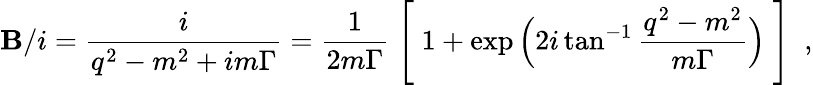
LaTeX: {\cal\mathbf{B}}/i=\frac{{i}}{{q^{2}-m^{2}+im\Gamma}}=\frac{{1}}{{2m\Gamma}}\Biggm[1+\exp\Big(2i\tan^{-1}\frac{{q^{2}-m^{2}}}{{m\Gamma}}\Big)\Biggm]\ ,